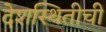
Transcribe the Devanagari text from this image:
देशस्थितीची